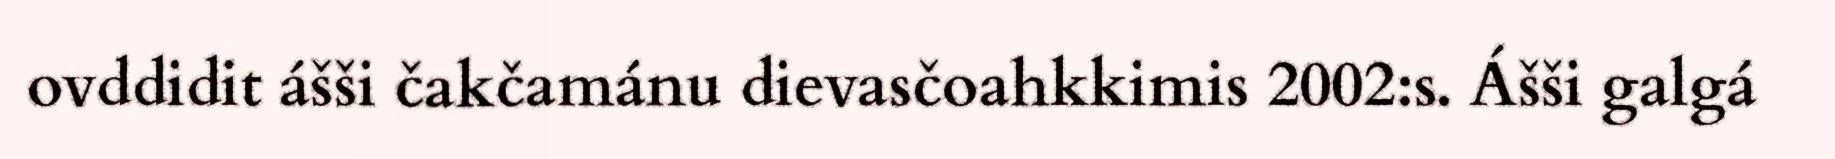
ovddidit ášši čakčamánu dievasčoahkkimis 2002:s. Ášši galgá